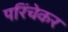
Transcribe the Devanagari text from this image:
परिंचेकर